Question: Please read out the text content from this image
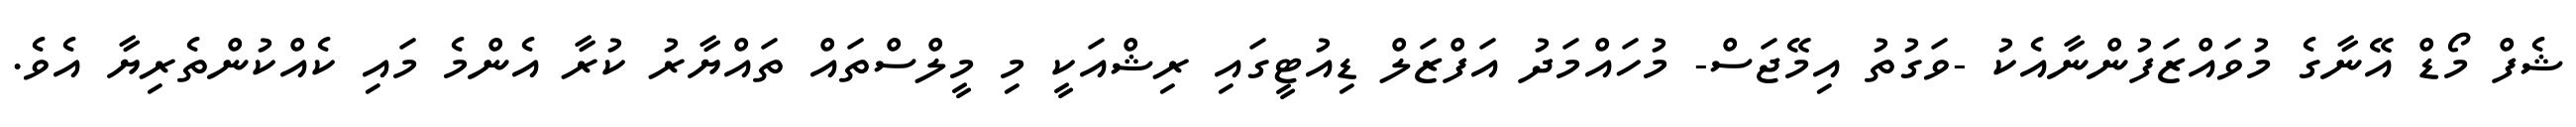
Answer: ޝެފް މޯޑް އޭނާގެ މުވައްޒަފުންނާއެކު -ވަގުތު އިމޭޖަސް- މުހައްމަދު އަފްޒަލް ޑިއުޓީގައި ރިޝްއަކީ މި މީލްސްތައް ތައްޔާރު ކުރާ އެންމެ މައި ކެއްކުންތެރިޔާ އެވެ.